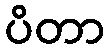
ပိတာ